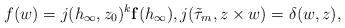
LaTeX: \begin{align*}f(w)=j(h_{\infty},z_0)^{k}\mathbf{f}(h_{\infty}),j(\tilde{\tau}_m,z\times w)=\delta(w,z),\end{align*}